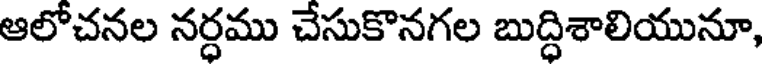
ఆలోచనల నర్ధము చేసుకొనగల బుద్ధిశాలియునూ,